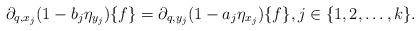
LaTeX: \begin{align*} \partial_{q, x_j}(1-b_j \eta_{y_j})\{f\}=\partial_{q, y_j}(1-a_j \eta_{x_j})\{f\}, j\in\{1, 2, \ldots, k\}. \end{align*}